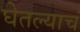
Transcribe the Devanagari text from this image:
घेतल्याचं